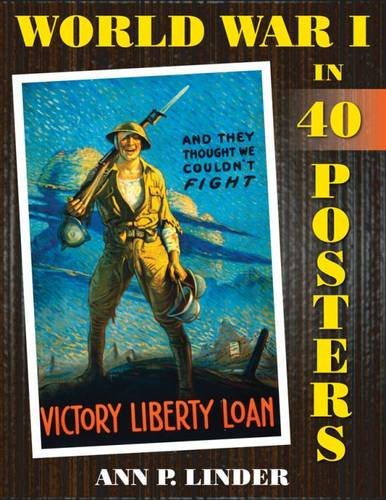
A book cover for World War I in 40 Posters; Ann P. Linder; History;